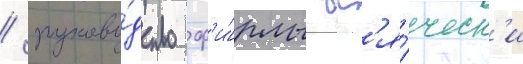
/ руково́дство ф'и́рмы вс'я́ческ'и